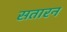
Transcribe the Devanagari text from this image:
सतारन